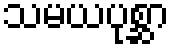
သမယပုစ္ဆာ